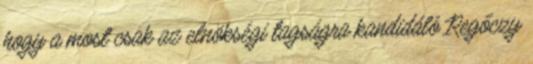
hogy a most csak az elnökségi tagságra kandidáló Regőczy